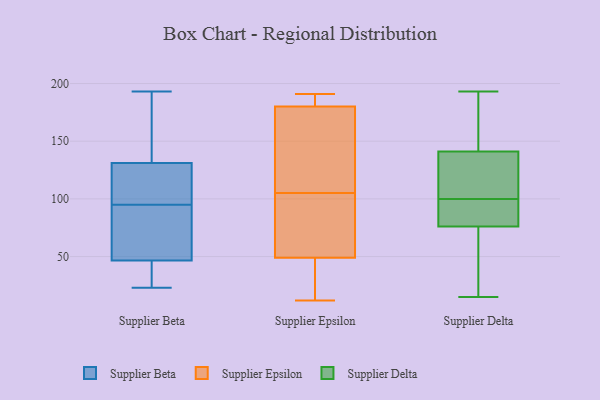
{"axis": {"x": "Tickets Resolved", "y": "Value"}, "legend": ["Supplier Beta", "Supplier Delta", "Supplier Epsilon"], "data": [{"x": "", "y": 122, "type": "Supplier Beta"}, {"x": "", "y": 116, "type": "Supplier Beta"}, {"x": "", "y": 23, "type": "Supplier Beta"}, {"x": "", "y": 88, "type": "Supplier Beta"}, {"x": "", "y": 55, "type": "Supplier Beta"}, {"x": "", "y": 104, "type": "Supplier Beta"}, {"x": "", "y": 29, "type": "Supplier Beta"}, {"x": "", "y": 87, "type": "Supplier Beta"}, {"x": "", "y": 182, "type": "Supplier Beta"}, {"x": "", "y": 66, "type": "Supplier Beta"}, {"x": "", "y": 140, "type": "Supplier Beta"}, {"x": "", "y": 102, "type": "Supplier Beta"}, {"x": "", "y": 35, "type": "Supplier Beta"}, {"x": "", "y": 193, "type": "Supplier Beta"}, {"x": "", "y": 38, "type": "Supplier Beta"}, {"x": "", "y": 172, "type": "Supplier Beta"}, {"x": "", "y": 64, "type": "Supplier Epsilon"}, {"x": "", "y": 58, "type": "Supplier Epsilon"}, {"x": "", "y": 188, "type": "Supplier Epsilon"}, {"x": "", "y": 95, "type": "Supplier Epsilon"}, {"x": "", "y": 20, "type": "Supplier Epsilon"}, {"x": "", "y": 183, "type": "Supplier Epsilon"}, {"x": "", "y": 184, "type": "Supplier Epsilon"}, {"x": "", "y": 147, "type": "Supplier Epsilon"}, {"x": "", "y": 43, "type": "Supplier Epsilon"}, {"x": "", "y": 129, "type": "Supplier Epsilon"}, {"x": "", "y": 105, "type": "Supplier Epsilon"}, {"x": "", "y": 12, "type": "Supplier Epsilon"}, {"x": "", "y": 63, "type": "Supplier Epsilon"}, {"x": "", "y": 189, "type": "Supplier Epsilon"}, {"x": "", "y": 145, "type": "Supplier Epsilon"}, {"x": "", "y": 46, "type": "Supplier Epsilon"}, {"x": "", "y": 31, "type": "Supplier Epsilon"}, {"x": "", "y": 171, "type": "Supplier Epsilon"}, {"x": "", "y": 191, "type": "Supplier Epsilon"}, {"x": "", "y": 91, "type": "Supplier Delta"}, {"x": "", "y": 115, "type": "Supplier Delta"}, {"x": "", "y": 63, "type": "Supplier Delta"}, {"x": "", "y": 106, "type": "Supplier Delta"}, {"x": "", "y": 193, "type": "Supplier Delta"}, {"x": "", "y": 76, "type": "Supplier Delta"}, {"x": "", "y": 64, "type": "Supplier Delta"}, {"x": "", "y": 187, "type": "Supplier Delta"}, {"x": "", "y": 117, "type": "Supplier Delta"}, {"x": "", "y": 76, "type": "Supplier Delta"}, {"x": "", "y": 15, "type": "Supplier Delta"}, {"x": "", "y": 173, "type": "Supplier Delta"}, {"x": "", "y": 107, "type": "Supplier Delta"}, {"x": "", "y": 91, "type": "Supplier Delta"}, {"x": "", "y": 82, "type": "Supplier Delta"}, {"x": "", "y": 149, "type": "Supplier Delta"}, {"x": "", "y": 46, "type": "Supplier Delta"}, {"x": "", "y": 100, "type": "Supplier Delta"}, {"x": "", "y": 175, "type": "Supplier Delta"}]}